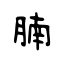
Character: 腩